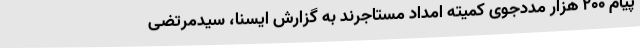
پیام 200 هزار مددجوی کمیته امداد مستاجرند به گزارش ایسنا، سیدمرتضی